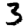
Digit: 3